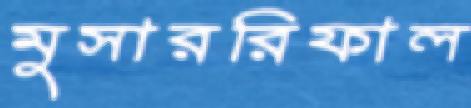
মুসাররিফাল